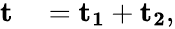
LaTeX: \begin{array}{rl}{\mathbf{{t}}}&{{}=\mathbf{{t_{1}}}+\mathbf{{t_{2}}},}\end{array}